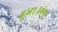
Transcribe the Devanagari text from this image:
हुआ।तंग